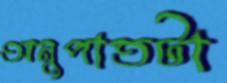
অনুপাতটা